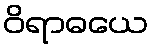
ဝိရာဓယေ